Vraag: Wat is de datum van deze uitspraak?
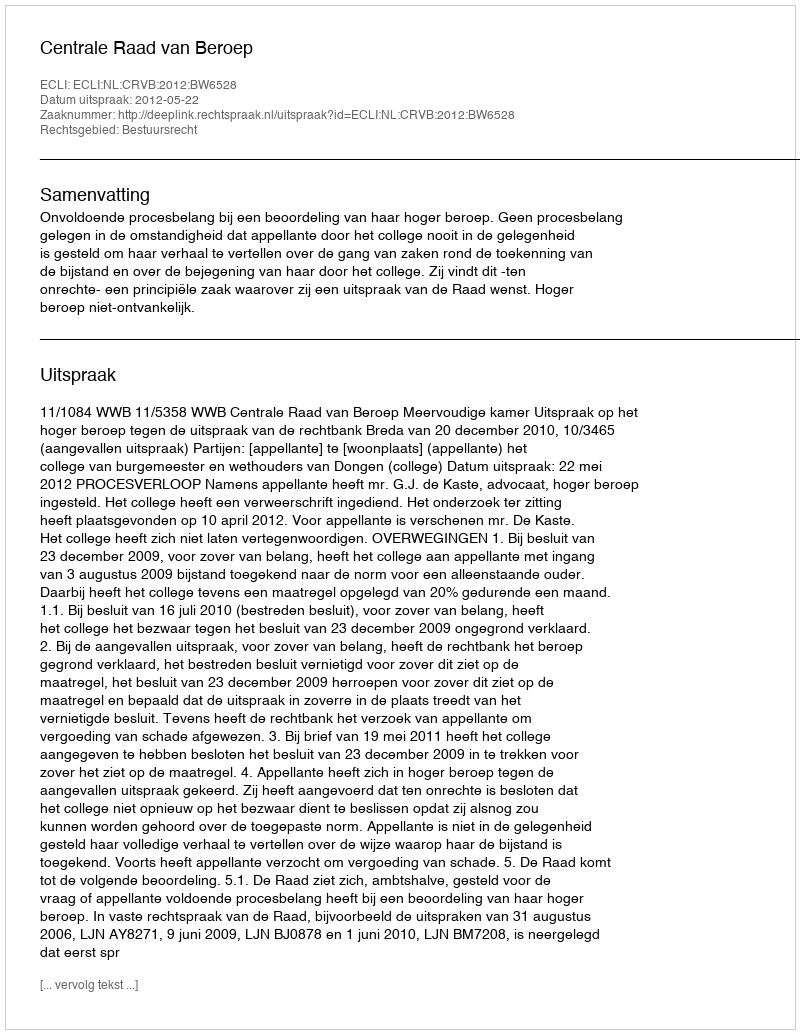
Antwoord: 2012-05-22